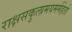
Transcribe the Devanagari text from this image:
राक्षसकुलामयमर्महेतो